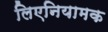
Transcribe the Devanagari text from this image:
लिएनियामक